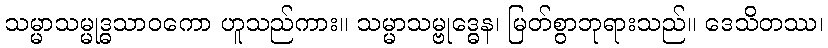
သမ္မာသမ္မုဒ္ဓသာဝကော ဟူသည်ကား။ သမ္မာသမ္ဗုဒ္ဓေန၊ မြတ်စွာဘုရားသည်။ ဒေသိတဿ၊